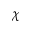
\chi